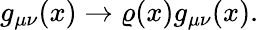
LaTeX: g_{\mu\nu}(x)\rightarrow\varrho(x)g_{\mu\nu}(x).